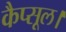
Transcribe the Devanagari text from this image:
कैप्सूल।